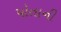
પૉતાની